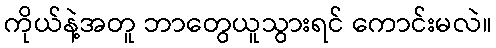
ကိုယ်နဲ့အတူ ဘာတွေယူသွားရင် ကောင်းမလဲ။